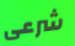
شرعى